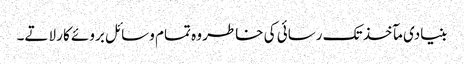
بنیادی مآخذ تک رسائی کی خاطر وہ تمام وسائل بروئے کار لاتے۔